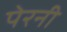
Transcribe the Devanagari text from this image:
पेरनी